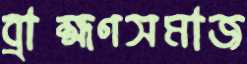
ব্রাহ্মণসমাজ